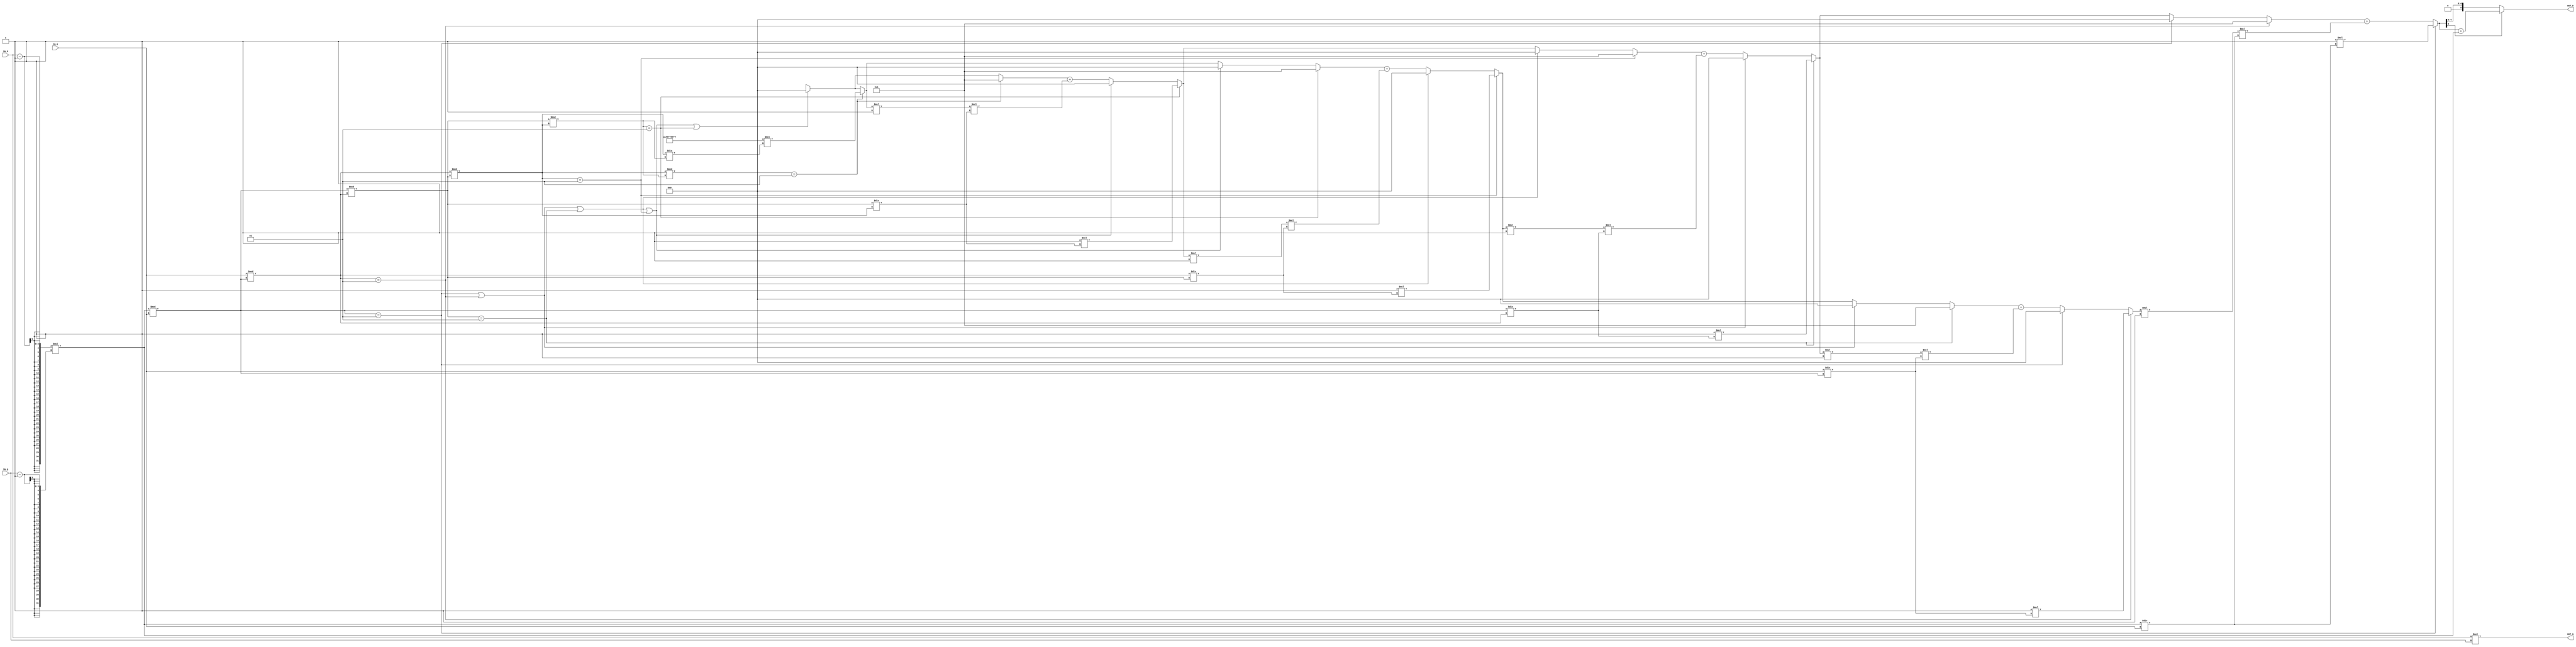
module RSA_IP #(parameter WIDTH = 3) (
    // Input signals
    IN_P, IN_Q, IN_E,
    // Output signals
    OUT_N, OUT_D
);

// ===============================================================
// Declaration
// ===============================================================
input  [WIDTH-1:0]   IN_P, IN_Q;
input  [WIDTH*2-1:0] IN_E;
output [WIDTH*2-1:0] OUT_N, OUT_D;


// ===============================================================
// Reg Wire Declaration
// ===============================================================
wire  [WIDTH*2-1:0] OUT_N;
wire  signed[WIDTH*2-1:0] OUT_D;
wire [WIDTH-1:0] P;
wire [WIDTH-1:0] Q;
wire [WIDTH*2-1:0] N;
wire signed[WIDTH*2-1:0] Phi;
// ===============================================================
// Soft IP DESIGN
// ===============================================================

assign OUT_N = IN_P*IN_Q;
assign Phi = (IN_P-1)*(IN_Q-1);


//parameter N_level = 2;
wire signed[WIDTH*2-1:0]remainder [1:WIDTH*2];
wire signed[WIDTH*2-1:0]quotient [1:WIDTH*2];
wire checkDone [1:WIDTH*2];
wire signed[WIDTH*2-1:0] A [1:WIDTH*2];
wire signed[WIDTH*2-1:0] B [1:WIDTH*2];

	
genvar level_idx,iter_idx;
genvar iter_idx2;
generate
	for(level_idx = 1; level_idx<=1; level_idx=level_idx+1)begin: level_l
		if(level_idx ==1)begin: if_lv_1
			for(iter_idx = 1 ; iter_idx<=6; iter_idx = iter_idx+1)begin : iter_l
				wire checkOne;
				if(iter_idx==1)begin
					assign remainder[1] = Phi % IN_E;
					assign quotient[1] = Phi / IN_E;
					assign checkOne = remainder[1]==1;
					assign checkDone[1] = 0;
					assign A[1] = (checkOne)?1:B[2];
					assign B[1] = (checkOne)?(-1*quotient[1]):(A[2] + B[2] * -1 *quotient[1]);
					assign OUT_D = (B[1][WIDTH*2-1]==1)? B[1]+Phi:B[1];
				end
				else if(iter_idx==2)begin
					assign remainder[2] = (IN_E) % (remainder[1]);
					assign quotient[2] = (IN_E) / (remainder[1]);
					assign checkOne = remainder[2]==1;
					assign checkDone[2] = (checkDone[1] || level_l[1].if_lv_1.iter_l[1].checkOne);
					assign A[2] = (checkOne)?1:((checkDone[2])?0:B[3]);
					assign B[2] = (checkOne)?(-1*quotient[2]):((checkDone[2])?0:(A[3] + B[3] * -1 *quotient[2]));
				end
				else begin
					assign remainder[iter_idx] = (remainder[iter_idx-2]) % (remainder[iter_idx-1]);
					assign quotient[iter_idx] = (remainder[iter_idx-2]) / (remainder[iter_idx-1]);
					assign checkOne = remainder[iter_idx]==1;
					assign checkDone[iter_idx] = (checkDone[iter_idx-1] || level_l[1].if_lv_1.iter_l[iter_idx-1].checkOne);
					assign A[iter_idx] = (checkOne)?1:((checkDone[iter_idx])?0:B[iter_idx+1]);
					assign B[iter_idx] = (checkOne)?(-1*quotient[iter_idx]):((checkDone[iter_idx])?0:(A[iter_idx+1] + B[iter_idx+1] * -1 *quotient[iter_idx]));
				end
			end
		end
		/*
		else if(level_idx==2)begin : if_lv_2
			for(iter_idx2 = 1 ; iter_idx2<=2*WIDTH-1; iter_idx2 =iter_idx2 + 1)begin : iter_l2
				always@(*)begin
					if (checkDone[iter_idx2])begin
						A[iter_idx2] = 1;
						B[iter_idx2] = -1*quotient[iter_idx2];
					end
					else begin
						A[iter_idx2] = B[iter_idx2+1];
						B[iter_idx2] = A[iter_idx2+1] + B[iter_idx2+1] * -1 *quotient[iter_idx2];
					end
				end
			end
		end
		*/
		/*
		else begin
			always@(*)begin
				if(B[1]<=0)begin
					OUT_D<=B[1] + Phi;
				end
				else begin
					OUT_D<=B[1] ;
				end
			end
		end
		*/
	end
endgenerate



endmodule